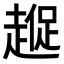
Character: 𮚼